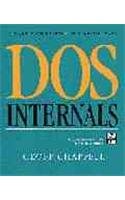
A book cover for DOS Internals; Rochester; Computers & Technology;